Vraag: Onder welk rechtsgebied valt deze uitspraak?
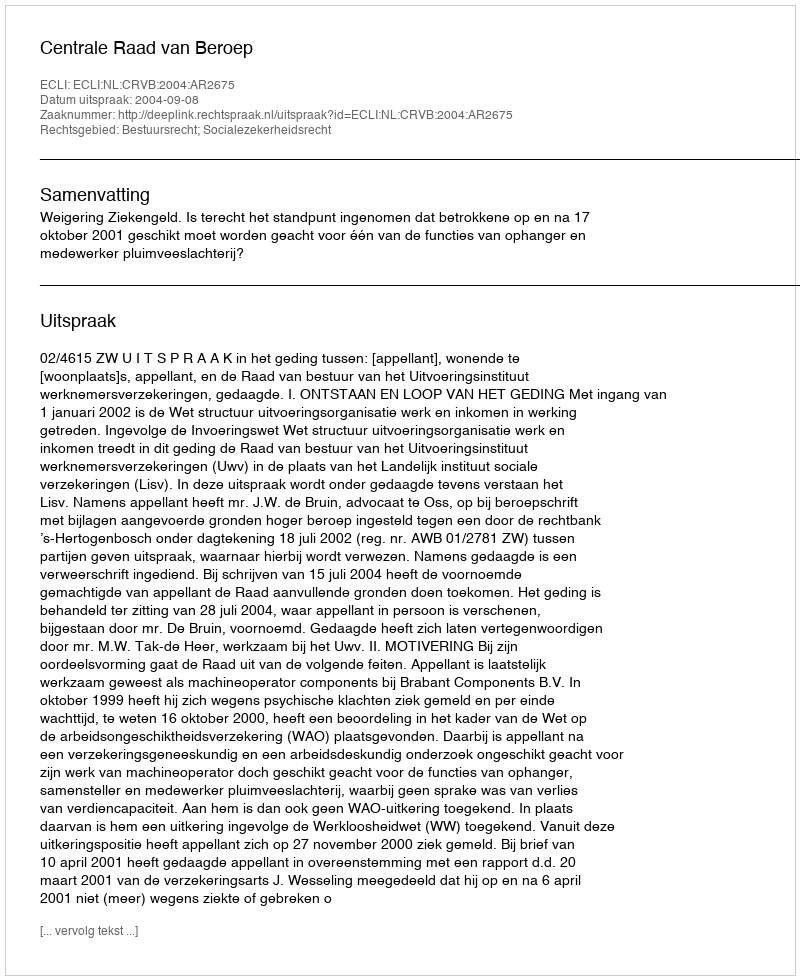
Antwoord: Bestuursrecht; Socialezekerheidsrecht